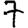
Digit: 7